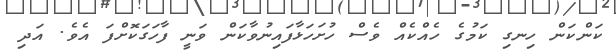
ކަންކަން ހިނގި ކަމުގެ ހެއްކެއް ވެސް ހުށަހަޅާފައިނުވާކަން ވަނީ ފާހަގަކޮށްފަ އެވެ. އަދި